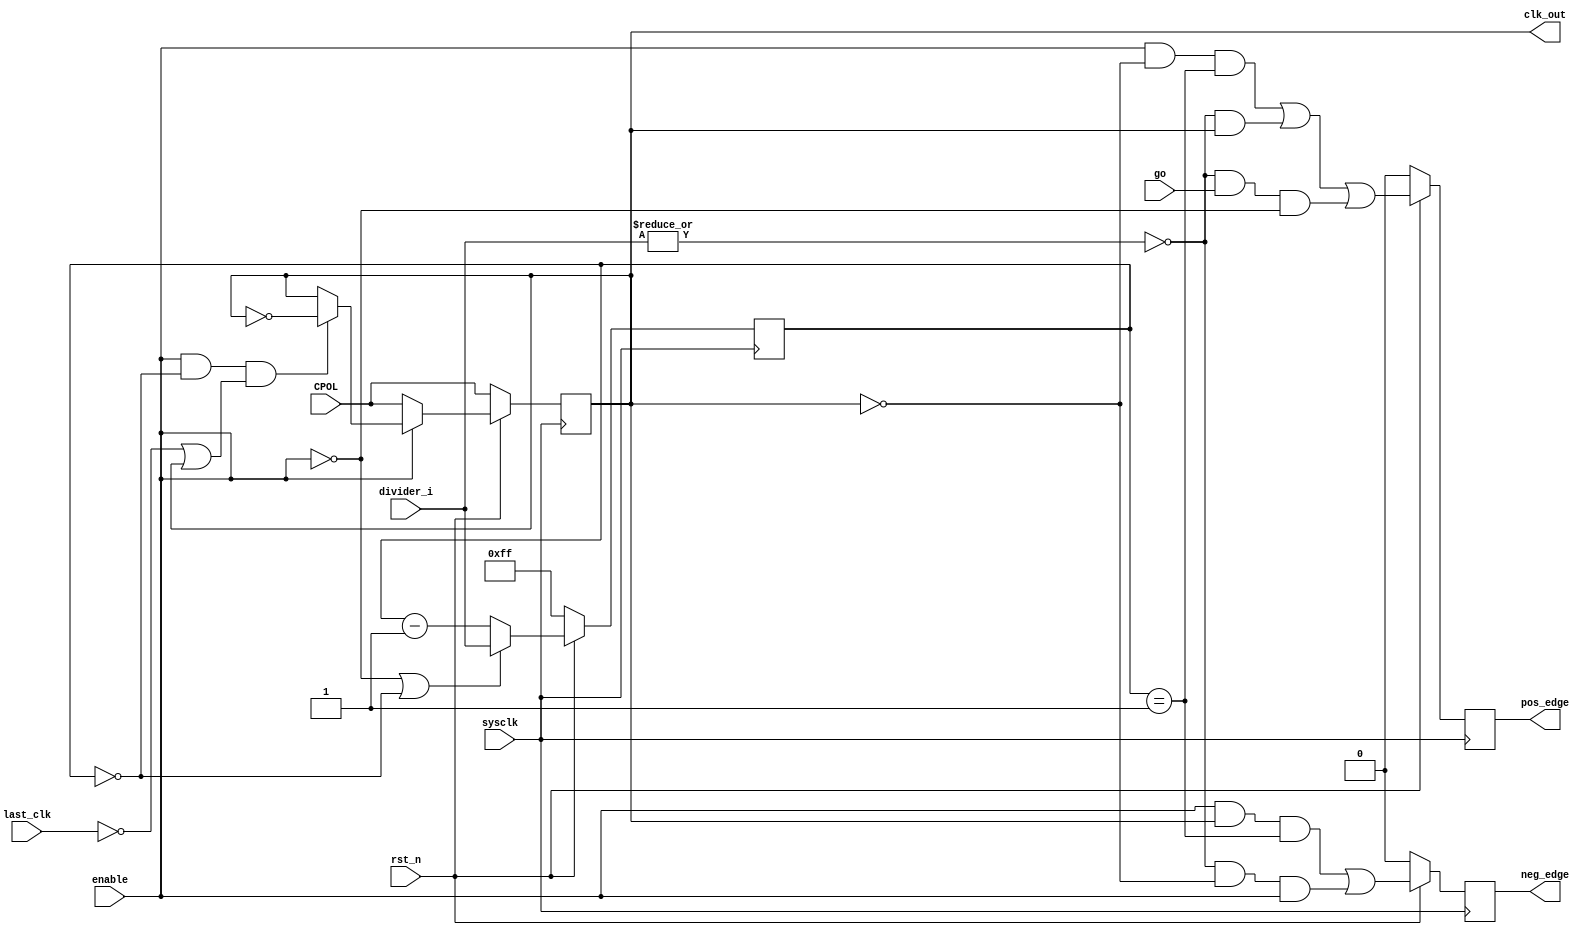
module spi_clk_gen #
(parameter integer C_DIVIDER_WIDTH = 8)
(
    input  sysclk,          // system clock input
    input  rst_n,           // module reset
    input  enable,          // module enable
    input  go,              // start transmit
    input  CPOL,            // clock polarity
    input  last_clk,        // last clock 
    input  [C_DIVIDER_WIDTH-1:0] divider_i, // divider_i;
    output reg clk_out,     // clock output
    output reg pos_edge,    // positive edge flag
    output reg neg_edge     // negtive edge flag
);

wire cnt_zero;
wire cnt_one;
reg [C_DIVIDER_WIDTH-1:0] cnt;

assign cnt_zero = (cnt == {C_DIVIDER_WIDTH{1'b0}});
assign cnt_one  = (cnt == {{C_DIVIDER_WIDTH-1{1'b0}}, 1'b1});


// Counter counts half period
always @(posedge sysclk/* or negedge rst_n*/)
begin
    if(rst_n == 1'b0)
        cnt <= {C_DIVIDER_WIDTH{1'b1}};
    else
    begin
        if(!enable || cnt_zero)
            cnt <= divider_i;
        else
            cnt <= cnt - {{C_DIVIDER_WIDTH-1{1'b0}}, 1'b1};
    end
end

// clk_out is asserted every other half period
always @(posedge sysclk/* or negedge rst_n */)
begin
    if(rst_n == 1'b0)
        clk_out <= CPOL;
    else
        if (enable) begin
            clk_out <= (enable && cnt_zero && (!last_clk || clk_out)) ? ~clk_out : clk_out;
        end
        else begin
            clk_out <= CPOL;
        end
end

// Pos and neg edge signals
always @(posedge sysclk /* or negedge rst_n */)
begin
    if(rst_n == 1'b0)
    begin
        pos_edge  <= 1'b0;
        neg_edge  <= 1'b0;
    end
    else
    begin
        pos_edge  <= (enable && !clk_out && cnt_one) || (!(|divider_i) && clk_out) || (!(|divider_i) && go && !enable);
        neg_edge  <= (enable && clk_out && cnt_one) || (!(|divider_i) && !clk_out && enable);
    end
end

endmodule